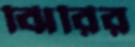
ঝিরির